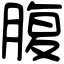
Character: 腹